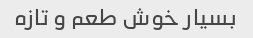
بسیار خوش طعم و تازه